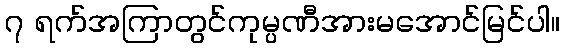
၇ ရက်အကြာတွင်ကုမ္ပဏီအားမအောင်မြင်ပါ။